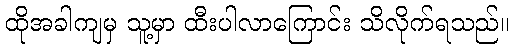
ထိုအခါကျမှ သူ့မှာ ထီးပါလာကြောင်း သိလိုက်ရသည်။